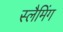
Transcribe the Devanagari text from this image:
स्लैमिंग